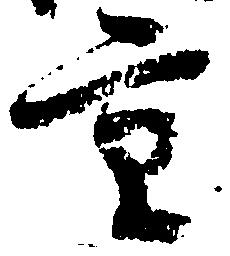
重